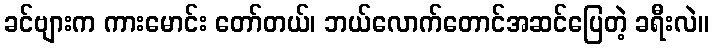
ခင်ဗျားက ကားမောင်း တော်တယ်၊ ဘယ်လောက်တောင်အဆင်ပြေတဲ့ ခရီးလဲ။